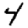
Digit: 4